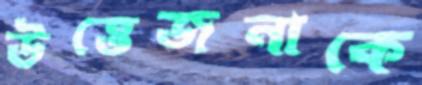
উত্তেজনাকে